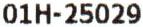
01H-25029